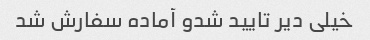
خیلی دیر تایید شدو آماده سفارش شد